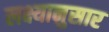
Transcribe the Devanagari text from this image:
लक्ष्यानुसार